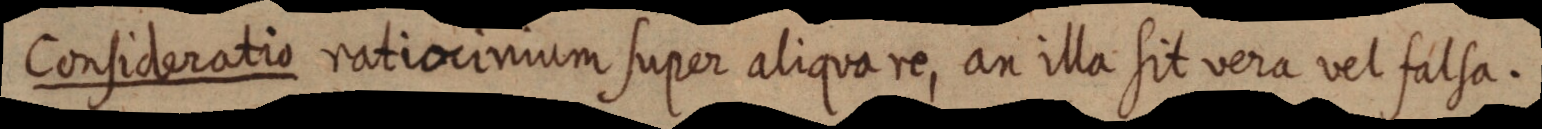
Consideratio ratiocinium super aliqua re, an illa sit vera vel falsa.